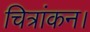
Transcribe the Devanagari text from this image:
चित्रांकन।